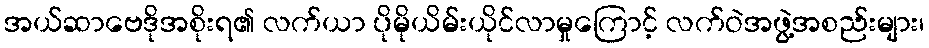
အယ်ဆာဗေဒိုအစိုးရ၏ လက်ယာ ပိုမိုယိမ်းယိုင်လာမှုကြောင့် လက်ဝဲအဖွဲ့အစည်းများ၊